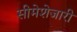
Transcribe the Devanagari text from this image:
सीमेशेजारी